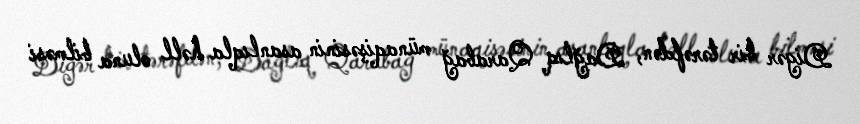
Digər bir tərəfdən, Dağlıq Qarabağ münaqişəsinin asanlıqla həll oluna bilməsi